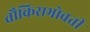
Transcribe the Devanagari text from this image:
चौकिसभोवती